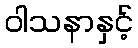
ဝါသနာနှင့်